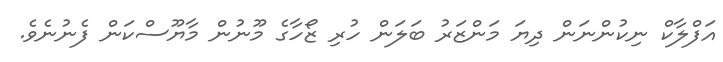
އަފްލާކް ނިކުންނަން ދިޔަ މަންޒަރު ބަލަން ހުރި ޒޯހާގެ މޫނުން މާޔޫސްކަން ފެނުނެވެ.